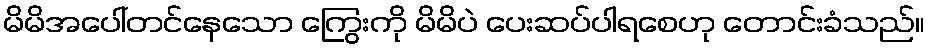
မိမိအပေါ်တင်နေသော ကြွေးကို မိမိပဲ ပေးဆပ်ပါရစေဟု တောင်းခံသည်။